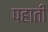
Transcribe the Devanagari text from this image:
पहाती